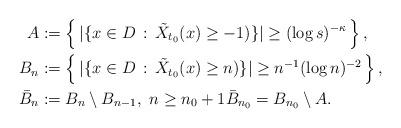
LaTeX: \begin{align*} A&:=\left\{ \, | \{ x\in D \, : \, \tilde{X}_{t_0}(x) \ge -1) \}|\ge (\log s)^{-\kappa} \, \right\},\\ B_n&:=\left\{ \, | \{ x\in D \, : \, \tilde{X}_{t_0}(x) \ge n) \}|\ge n^{-1}(\log n)^{-2} \, \right\},\\ \bar B_n&:= B_n\setminus B_{n-1}, \ n\ge n_0+1 \bar B_{n_0}=B_{n_0}\setminus A.\end{align*}